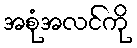
အစုံအလင်ကို